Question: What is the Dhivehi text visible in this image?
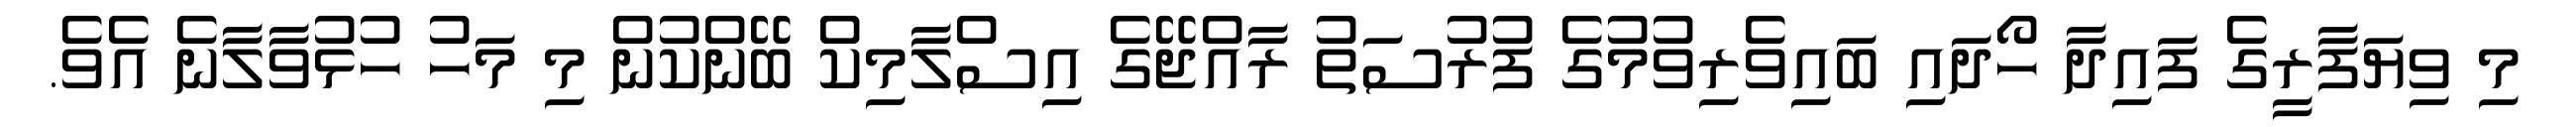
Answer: މި ވިޔަފާރީގެ ފައިދާ ހޯދައި ބައިވެރިވުމުގެ ފުރުސަތު ރާއްޖޭގެ އިސްލާމިކް ބޭންކުން މި މަހު ހުޅުވާލާނެ އެވެ.